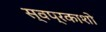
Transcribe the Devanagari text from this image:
स्वप्रकाशो